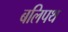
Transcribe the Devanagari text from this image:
बलिपथ